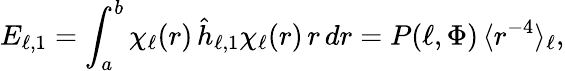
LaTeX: E_{\ell,1}=\int_{a}^{b}\chi_{\ell}(r)\, \hat{h}_{\ell,1}\chi_{\ell}(r)\, r\, dr=P(\ell,\Phi)\, \langle r^{-4}\rangle_{\ell},